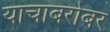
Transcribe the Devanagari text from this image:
याचाबरोबर